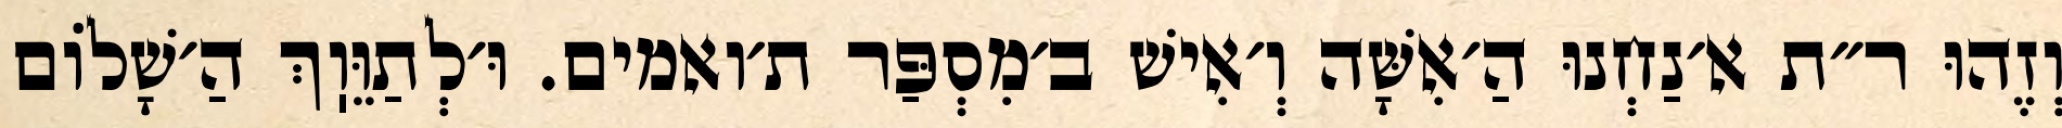
וְזֶהוּ ר״ת א׳נַחְנוּ הַ׳אִשָּׁה וְ׳אִישׁ ב׳מִסְפַּר ת׳ואמים. וּ׳לְתַוֵּוֽךְ הַ׳שָׁלוֹם